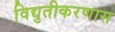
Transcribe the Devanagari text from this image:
विद्युतीकरणास